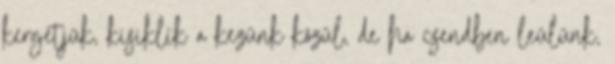
kergetjük, kisiklik a kezünk közül, de ha csendben leülünk,